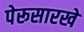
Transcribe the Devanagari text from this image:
पेरूसारखे